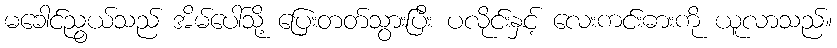
မခေါင်ညွယ်သည် အိမ်ပေါ်သို့ ပြေးတတ်သွားပြီး ပလိုင်းနှင့် လေးကင်းဓားကို ယူလာသည်။